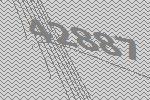
42887